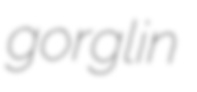
gorglin